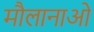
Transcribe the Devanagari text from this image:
मौलानाओ